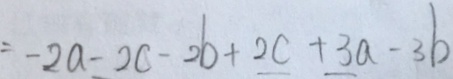
= - 2 a - 2 c - 2 b + 2 c + 3 a - 3 b